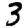
Digit: 3